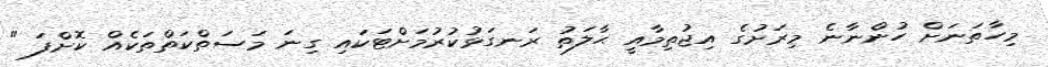
މިހާތަނަށް ހުންނާނެ މިރަށުގެ އިޖުތިމާއީ ޙާލަތު ރަނގަޅުކުރުމަށްޓަކައި ގިނަ މަސަތްކަތްތަކެއް ކޮށްފަ "